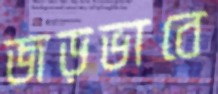
জড়ভাবে